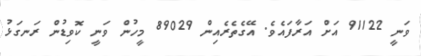
ވަނީ 91122 އަށް އަރާފައެވެ. އޭގެތެރެއިން 89029 މީހުން ވަނީ ކޮވިޑުން ރަނގަޅު